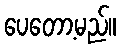
ပေတော့မည်။